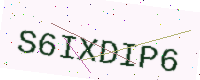
Text: S6IXDIP6